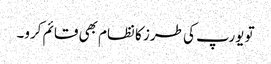
تو یورپ کی طرز کا نظام بھی قائم کرو۔